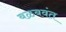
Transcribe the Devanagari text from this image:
बळबवंत